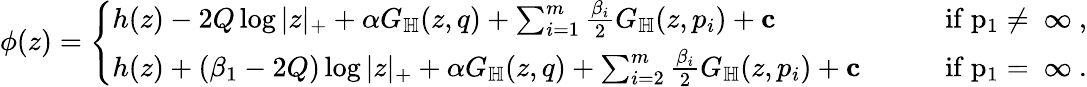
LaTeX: \begin{array}{r}{\phi(z)=\left\{ \begin{array}{ll}{h(z)-2Q\log|z|_{+}+\alpha G_{\mathbb H}(z,q)+\sum_{i=1}^{m}\frac{\beta_{i}}{2}G_{\mathbb H}(z,p_{i})+\mathbf c}&{\qquad\mathrm{if~p_1\neq~\infty~,}}\\ {h(z)+(\beta_{1}-2Q)\log|z|_{+}+\alpha G_{\mathbb H}(z,q)+\sum_{i=2}^{m}\frac{\beta_{i}}{2}G_{\mathbb H}(z,p_{i})+\mathbf c}&{\qquad\mathrm{if~p_1=~\infty~.}}\end{array}\right.}\end{array}